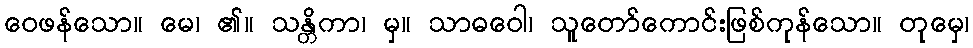
ဝေဖန်သော။ မေ၊ ၏။ သန္တိကာ၊ မှ။ သာဓဝေါ၊ သူတော်ကောင်းဖြစ်ကုန်သော။ တုမှေ၊